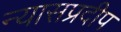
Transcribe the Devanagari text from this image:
न्यासप्रदीप